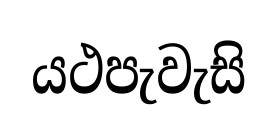
යථපැවැසි